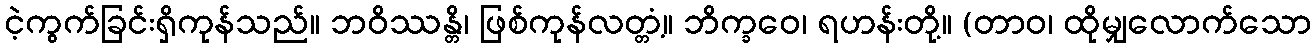
ငဲ့ကွက်ခြင်းရှိကုန်သည်။ ဘဝိဿန္တိ၊ ဖြစ်ကုန်လတ္တံ့။ ဘိက္ခဝေ၊ ရဟန်းတို့။ (တာဝ၊ ထိုမျှလောက်သော